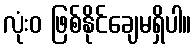
လုံးဝ ဖြစ်နိုင်ချေမရှိပါ။